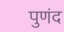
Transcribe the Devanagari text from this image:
पुणंद